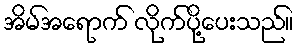
အိမ်အရောက် လိုက်ပို့ပေးသည်။